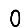
Digit: 0